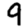
Digit: 9